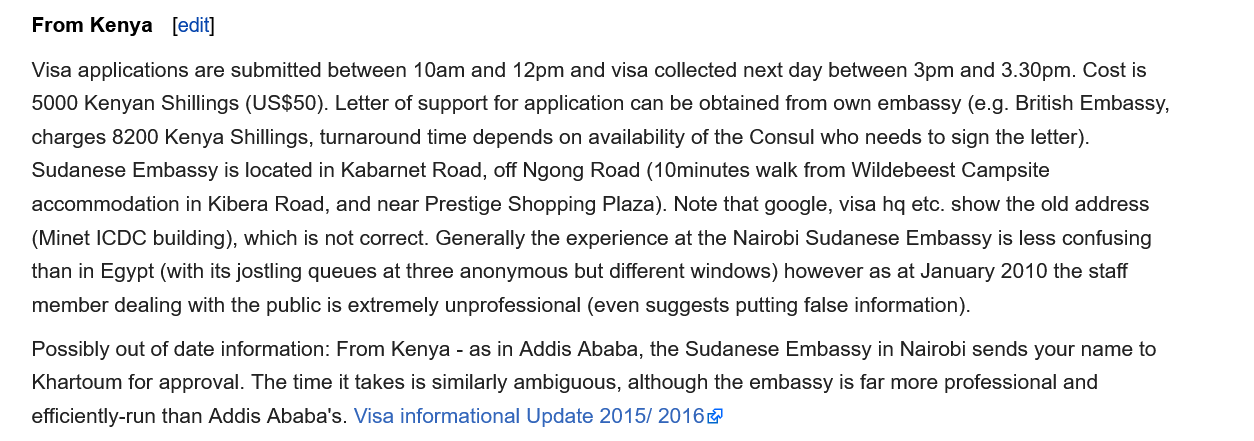
Visa informational Update 2015/ 20168
   Visa applications are submitted between 10am and 12pm and visa collected next day between 3pm and 3.30pm. Cost is
   5000 Kenyan Shillings (US$50). Letter of support for application can be obtained from own embassy (e.g. British Embassy,
   charges 8200 Kenya Shillings, turnaround time depends on availability of the Consul who needs to sign the letter).
   Sudanese  Embassy is located in Kabarnet Road, off Ngong Road (10minutes walk from Wildebeest Campsite
   accommodation in Kibera Road, and near Prestige Shopping Plaza). Note that google, visa hq etc. show the old address
   (Minet ICDC building), which is not correct. Generally the experience at the Nairobi Sudanese Embassy is less confusing
   than in Egypt (with its jostling queues at three anonymous but different windows) however as at January 2010 the staff
   member dealing with the public is extremely unprofessional (even suggests putting false information).
   Possibly out of date information: From Kenya - as in Addis Ababa, the Sudanese Embassy in Nairobi sends your name to
   Khartoum for approval. The time it takes is similarly ambiguous, although the embassy is far more professional and
   efficiently-run than Addis Ababa's. Visa informational Update 2015/ 2016
   From  Kenya